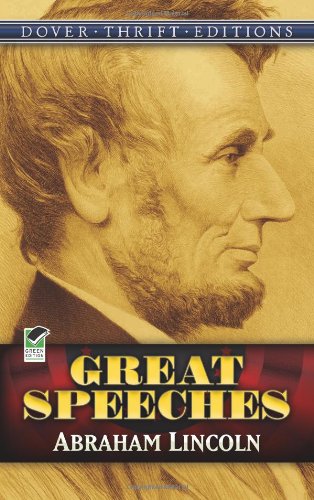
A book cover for Abraham Lincoln: Great Speeches (Dover Thrift Editions); Abraham Lincoln; Literature & Fiction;